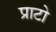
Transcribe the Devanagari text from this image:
प्राटो